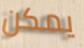
يمكن